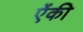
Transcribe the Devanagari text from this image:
ऐंकी